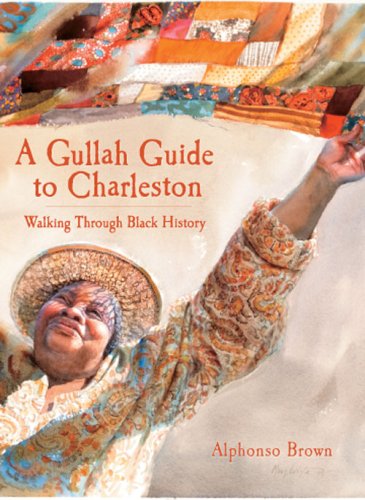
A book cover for A Gullah Guide to Charleston:: Walking Through Black History (American Heritage); Alphonso Brown; Travel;